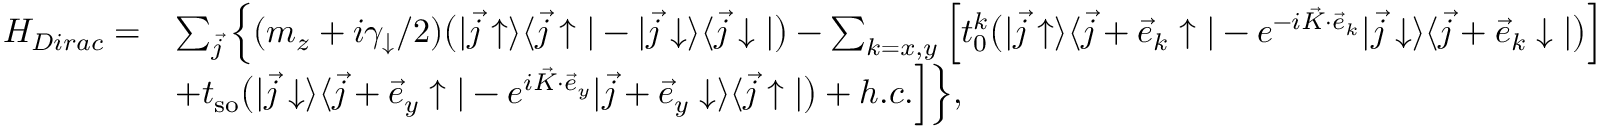
\begin{array} { r l } { H _ { D i r a c } = } & { \sum _ { \vec { j } } \Big \{ ( m _ { z } + i \gamma _ { \downarrow } / 2 ) \bigr ( | \vec { j } \uparrow \rangle \langle \vec { j } \uparrow | - | \vec { j } \downarrow \rangle \langle \vec { j } \downarrow | \bigr ) - \sum _ { k = x , y } \Big [ t _ { 0 } ^ { k } \bigr ( | \vec { j } \uparrow \rangle \langle \vec { j } + \vec { e } _ { k } \uparrow | - e ^ { - i \vec { K } \cdot \vec { e } _ { k } } | \vec { j } \downarrow \rangle \langle \vec { j } + \vec { e } _ { k } \downarrow | \bigr ) \Big ] } \\ & { + t _ { \mathrm { s o } } \bigr ( | \vec { j } \downarrow \rangle \langle \vec { j } + \vec { e } _ { y } \uparrow | - e ^ { i \vec { K } \cdot \vec { e } _ { y } } | \vec { j } + \vec { e } _ { y } \downarrow \rangle \langle \vec { j } \uparrow | \bigr ) + h . c . \Big ] \Big \} , } \end{array}